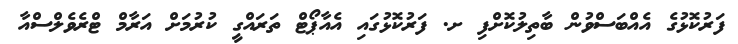
ފަރުކޮޅުގެ އެއްބަސްވުން ބާތިލުކޮށްފި ށ. ފަރުކޮޅުގައި އެއާޕޯޓް ތަރައްގީ ކުރުމަށް އަރާމް ޓްރެވެލްސްއާ